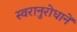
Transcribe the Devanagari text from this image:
स्वरानुरोधानें